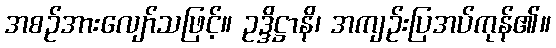
အစဉ်အားလျော်သဖြင့်။ ဥဒ္ဒိဋ္ဌာနိ၊ အကျဉ်းပြအပ်ကုန်၏။